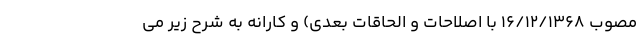
مصوب ۱۶/۱۲/۱۳۶۸ با اصلاحات و الحاقات بعدی) و کارانه به شرح زیر می